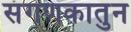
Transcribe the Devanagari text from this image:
संगणकातुन